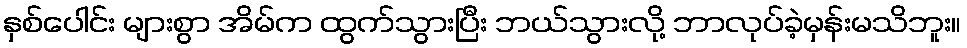
နှစ်ပေါင်း များစွာ အိမ်က ထွက်သွားပြီး ဘယ်သွားလို့ ဘာလုပ်ခဲ့မှန်းမသိဘူး။